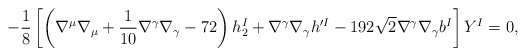
\begin{align*}-\frac{1}{8} \left[ \left( \nabla^\mu\nabla_\mu + \frac{1}{10} \nabla^\gamma \nabla_\gamma-72 \right) h_2^I + \nabla^\gamma \nabla_\gamma h^{\prime I} - 192\sqrt{2} \nabla^\gamma \nabla_\gamma b^I \right] Y^I =0, \end{align*}